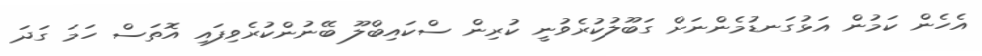
އެހެން ކަމުން އަޅުގަނޑުމެންނަށް ގަބޫލުކުރެވުނީ ކުރިން ސްކައިބްލޫ ބޭނުންކުރެވިފައި އޮތަސް ހަމަ ގަދަ